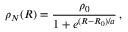
\rho _ { N } ( R ) = \frac { \rho _ { 0 } } { 1 + e ^ { ( R - R _ { 0 } ) / a } } \, ,